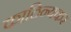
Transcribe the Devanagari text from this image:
काठिन्यकर